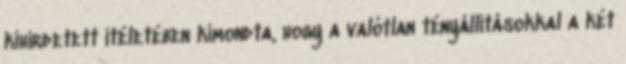
kihirdetett ítéletében kimondta, hogy a valótlan tényállításokkal a két